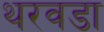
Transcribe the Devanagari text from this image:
थरवडा